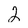
Character: 2